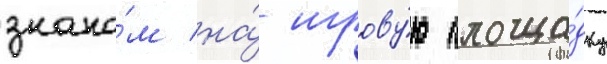
знако́м на́ игрову́ю площа́дку